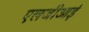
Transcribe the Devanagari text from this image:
एलजीआई